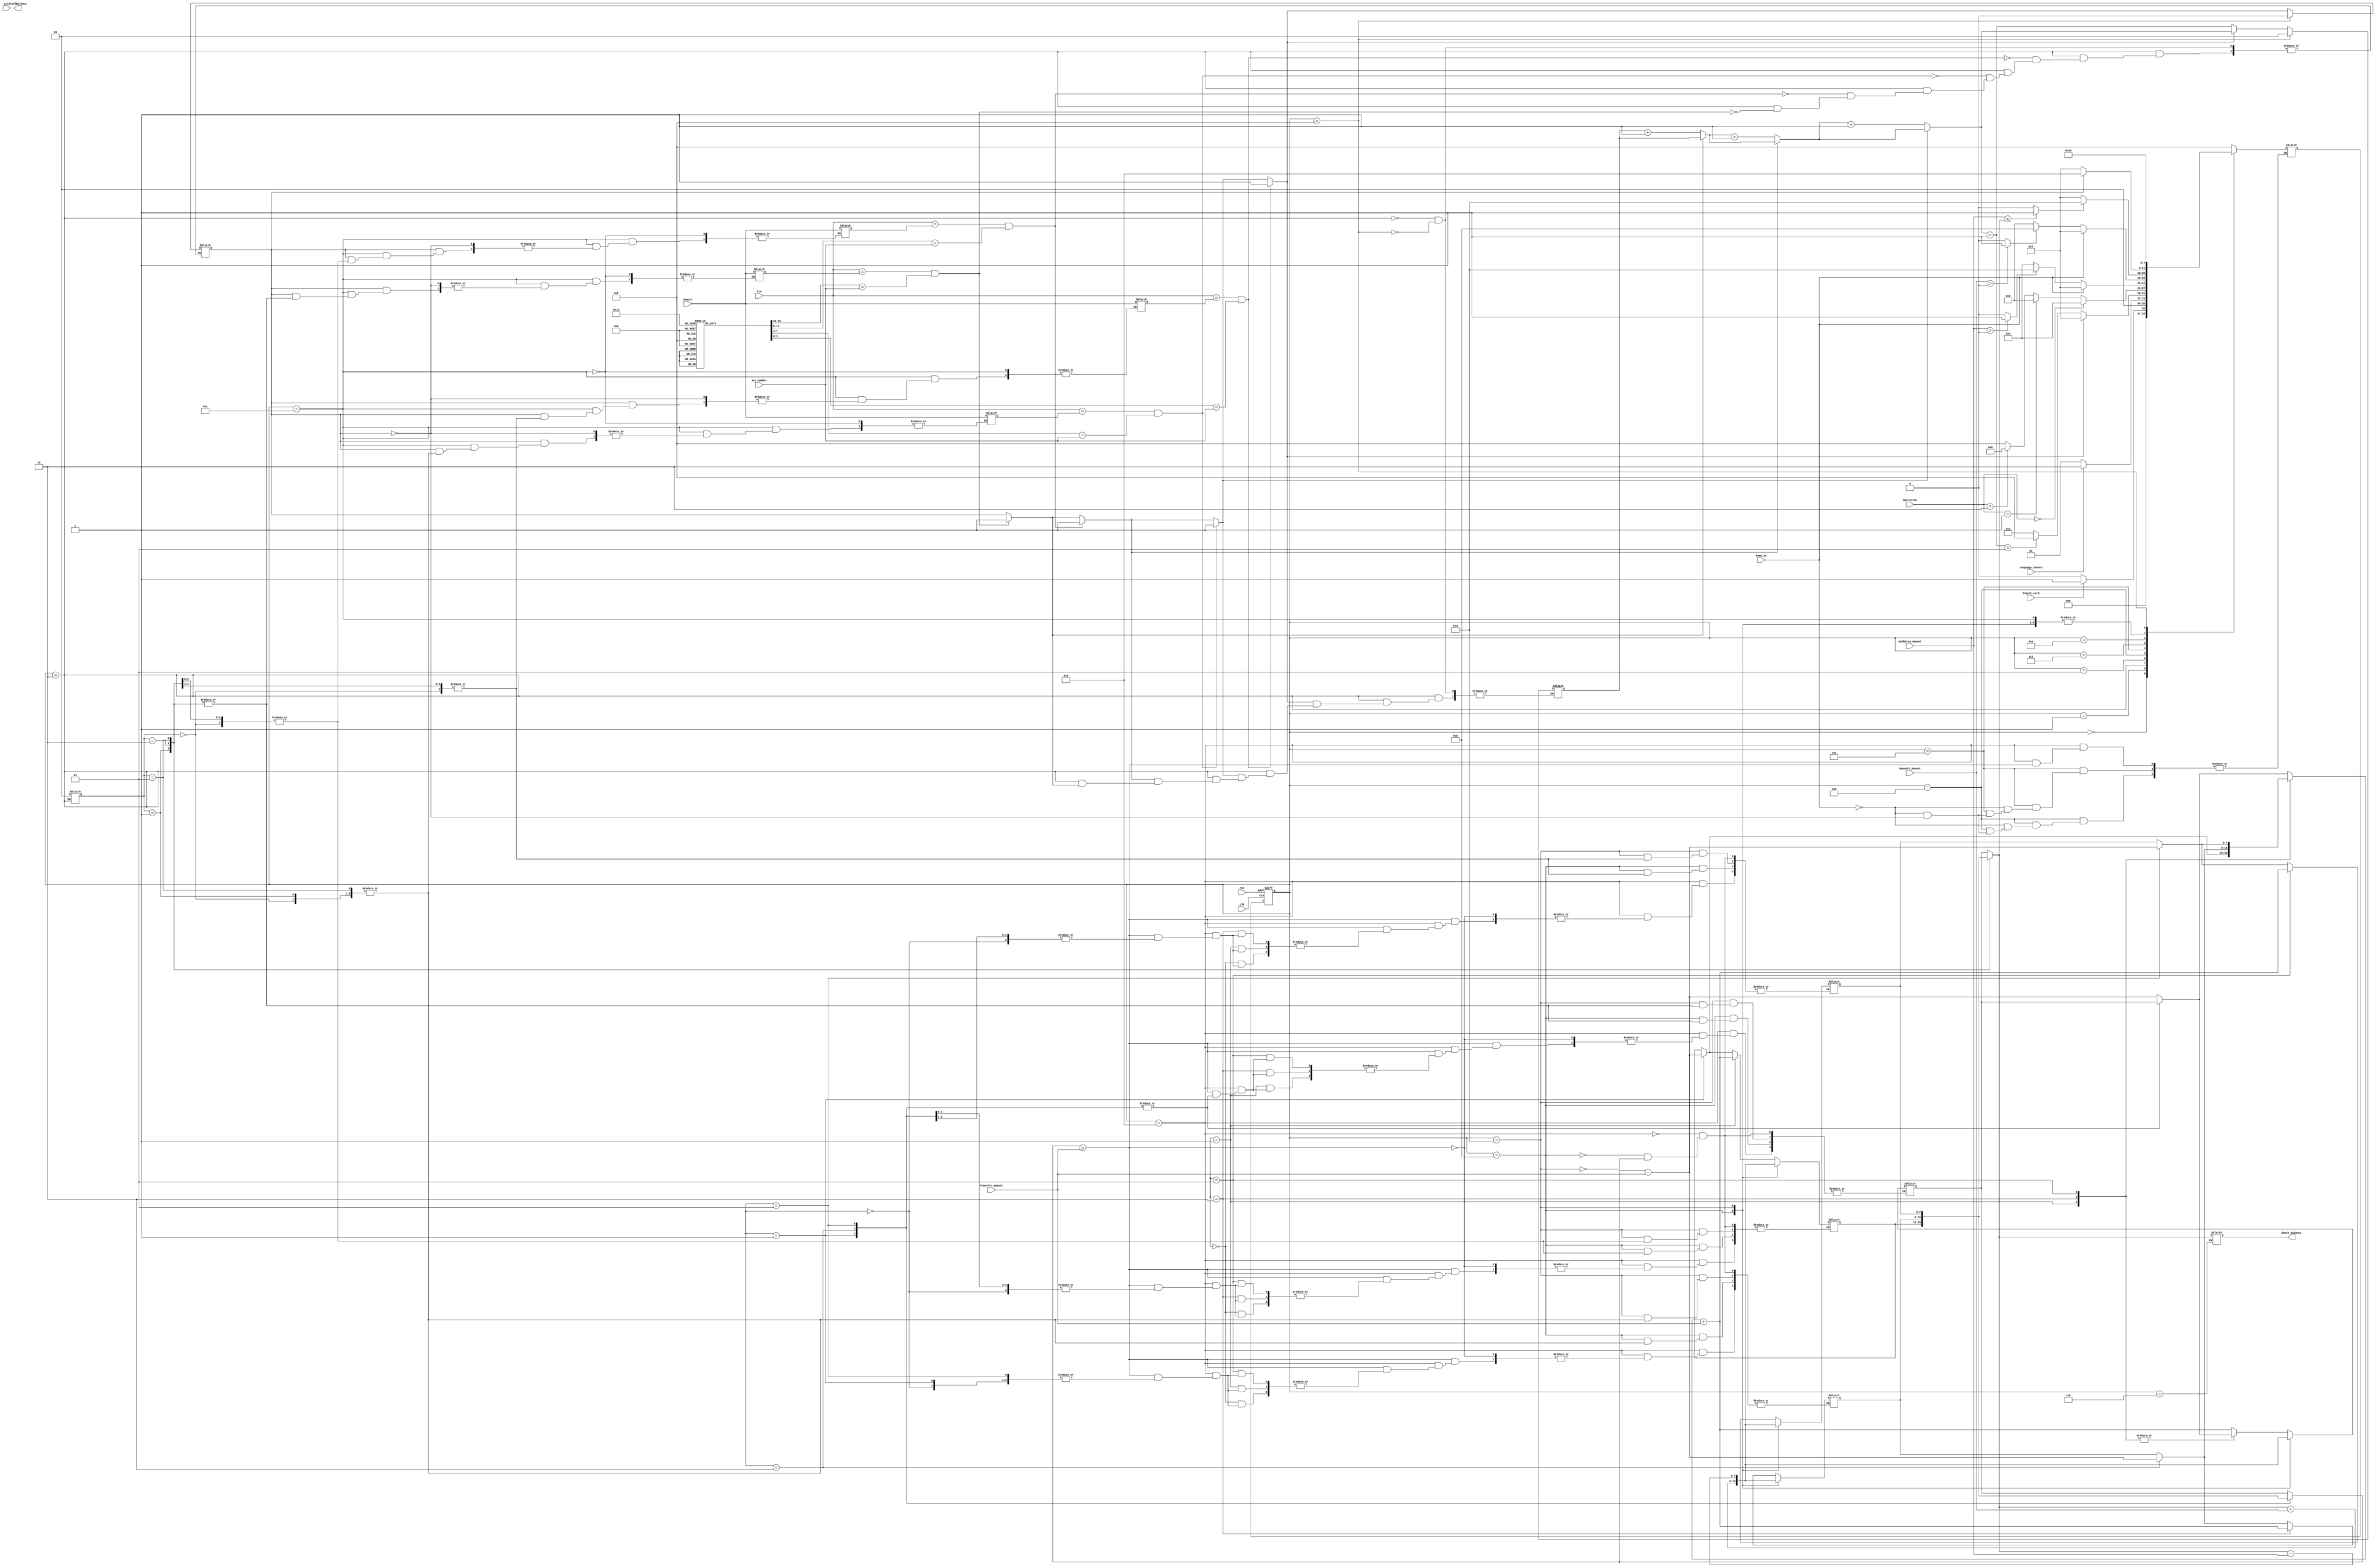





 

`timescale 1ns / 1ps
`define DELAY #2
module MainModule(
	input clk,
	input rst,
	input [3:0] Pin,acc_number,newpin,
	input [5:0] Deposit_Amount,
	input [5:0] WithDraw_Amount,Transfer_amount,
	input [1:0] Operation,
	output reg[7:0] FinalBalance, Check_balance,// ?????????
	input Insert_card, Language_chosen  ,exit, home_in	 //InsertCard,LanguageChosen,Exit
    );


//reg [3:0] pin_number = 4'b1111;	//default pass
//reg [7:0] balance = 8'd30;
reg [3:0] next_state;
reg [3:0] current_state;
reg [1:0] destacc,srcacc; 
reg [1:0] Counter = 2'b00;
reg [1:0] op;
reg	isvalid= 1'b0,issufficent= 1'b0, Enteramount =1'b0, gohome=1'b0; //ValidPass,BalanceCheck,EnteredAmount, home

parameter  IDLE = 4'b0000,
			language = 4'b0001,
			password = 4'b0010,
			home  = 4'b0011,
			withdraw  = 4'b0100,
			deposit  = 4'b0101,
			updbalance = 4'b0110,
			check_balance  = 4'b0111,
			add_balance  = 4'b1000,
			sub_balance = 4'b1001,
			transfer=4'b1010,
                        transferingmoney=4'b1011,
                        changePin=4'b1100,
			reset = 4'b1111;	

reg [3:0] acc_ID[0:3];
  reg [3:0] Pins[0:3];

initial begin
    acc_ID[0] = 4'b0011; Pins[0] = 4'b0000;
    acc_ID[1] = 4'b0010; Pins[1] = 4'b0001;
    acc_ID[2] = 4'b0001; Pins[2] = 4'b0010;
    acc_ID[3] = 4'b0000; Pins[3] = 4'b0011;
    
    end


				
always @( posedge clk or posedge rst)
	begin
		if (rst)
		
		
		
			begin
				current_state <= reset;
			end
			
			
		else current_state <= next_state;
		
		
		
	end

reg [7:0] balance [0:3];
initial begin
    
     balance[0] = 8'd40;
     balance[1] = 8'd00;
     balance[2] = 8'd5;
     balance[3] = 8'd50;
     

  end
	
integer i;	
always@(*)
	begin

		
		case (current_state)
		
		
		
			IDLE:	if(Insert_card) 
					next_state = language;
					else 
					next_state = IDLE;

			language: if(Language_chosen) 
					next_state = password;
				 else 
					next_state = language;

			password: 
				begin
					if(exit)
						next_state = reset;
					else 
						next_state = password;
					for (i=0;i<4;i=i+1)begin
						if (Pin==Pins[i]&&acc_ID[i]==acc_number) isvalid=1'b1;
							if ( isvalid) 
           							next_state=home;                             
             							else                                               
	                                                       
						begin
							Counter = Counter + 1'b1;
							next_state = password; //added to be checked
							if(Counter == 2'b11)
								next_state = reset;
						end
                                     end
				end

			home:					    
				begin
					`DELAY
					op = Operation; //in verification force user to exit as we don't have time
					if(op == 2'b00) next_state = withdraw;
					else if(op == 2'b01) next_state = deposit;
					else if(op == 2'b10) next_state = updbalance;
					else next_state = reset;
				end

			withdraw:
				begin
					if(home_in) next_state = home;
					else 
					begin
						if(isvalid)
						begin 
                    if(WithDraw_Amount  > 0) Enteramount = 1'b1; 
					else Enteramount = 1'b0;
					if(Enteramount) next_state = sub_balance;
					else next_state = withdraw;
                                                
                                          end
					end 
				end
			deposit: begin
				if(home_in) next_state = home;
					else 
					begin
						if(isvalid)
				begin
					if(Deposit_Amount > 0) Enteramount = 1'b1; 
					else Enteramount = 1'b0;
					if(Enteramount) next_state = add_balance;
					else next_state = deposit;
				end
				end 
				end

			updbalance:
				begin
					Check_balance = balance[i];
					next_state = home;
				end

			check_balance:
				begin
					if(WithDraw_Amount <= balance[i]) issufficent = 1'b1;
					else issufficent = 1'b0;
					if(issufficent) next_state = sub_balance;
					else next_state = home;
				end

                        transfer:
                              begin 
				if (isvalid)
			        next_state=transferingmoney;
				else 
			        next_state=home;
                              end 
			transferingmoney:begin 
			if (balance[srcacc]>=Transfer_amount)
			begin 
			 balance[srcacc]=balance[srcacc]-Transfer_amount;
			 balance[destacc]=balance[destacc]+Transfer_amount;
		        end
			else
			next_state=home;						 
			end
			add_balance: 
				begin
					balance[i] = balance[i] + Deposit_Amount;
					next_state = home;
				end

			sub_balance:
				begin
					balance[i] = balance[i] - WithDraw_Amount;
					next_state = home; //TO BE SET TO home
				end
			changePin:begin
			     if(isvalid)
				 begin
				 Pins[i]=newpin;
				 next_state=home;
				 end
				 else
				 next_state=home;
				end

			reset:
				begin
					next_state = IDLE;
					isvalid = 1'b0; issufficent = 1'b0; Enteramount = 1'b0; gohome = 1'b0;
					Counter = 2'b00;
					
				end

			default:
				begin
					next_state = reset;
					
				end

		endcase
	end

endmodule